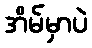
အိမ်မှာပဲ